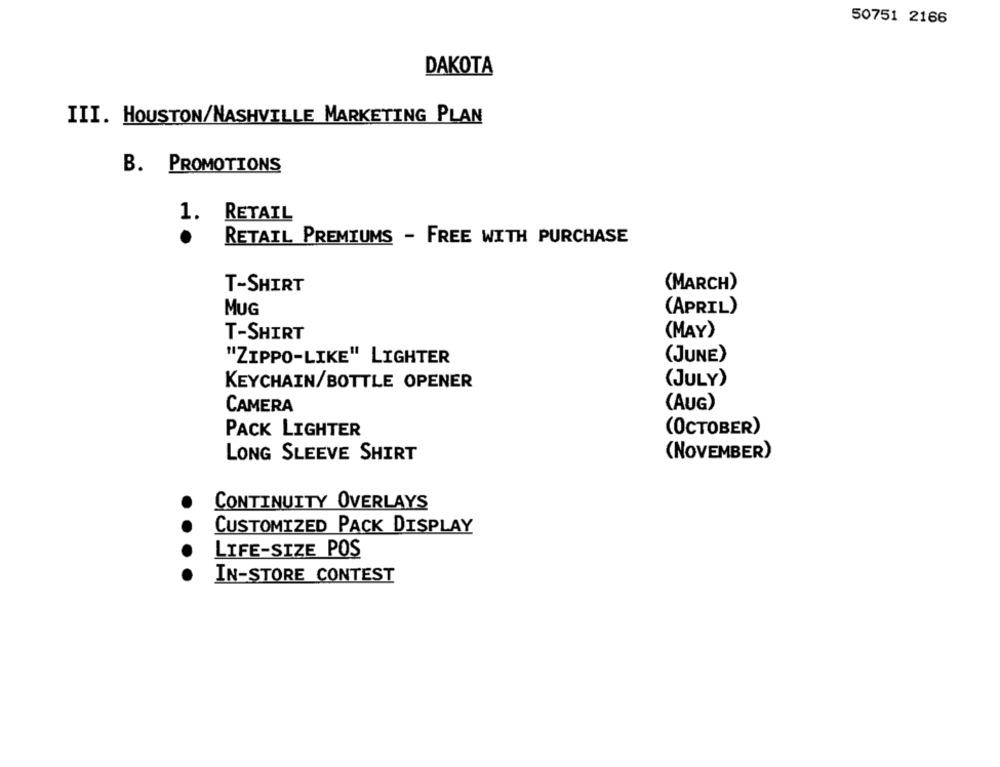
50751 2166
DAKOTA
III. HOUSTON/NASHVILLE MARKETING PLAN
B. PROMOTIONS
1. RETAIL
.
RETAIL PREMIUMS - FREE WITH PURCHASE
T-SHIRT
(MARCH)
MUG
(APRIL)
T-SHIRT
(MAY)
(JUNE)
"ZIPPO-LIKE" LIGHTER
(JULY)
KEYCHAIN/BOTTLE OPENER
(AUG)
CAMERA
(OCTOBER)
PACK LIGHTER
LONG SLEEVE SHIRT
(NOVEMBER)
CONTINUITY OVERLAYS
CUSTOMIZED PACK DISPLAY
LIFE-SIZE POS
IN-STORE CONTEST